Report of the Hyderabad Chloroform Commission
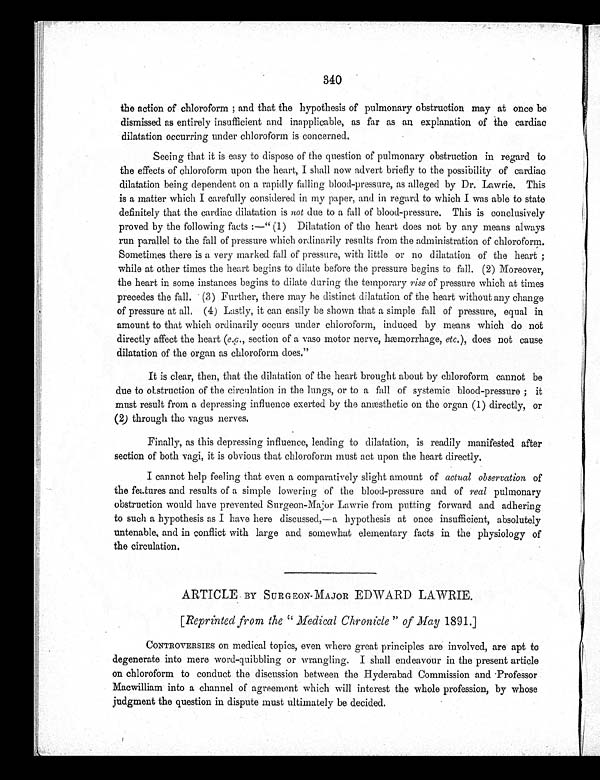
340
the action of chloroform; and that the hypothesis of pulmonary obstruction may at once be
dismissed as entirely insufficient and inapplicable, as far as an explanation of the cardiac
dilatation occurring under chloroform is concerned.
Seeing that it is easy to dispose of the question of pulmonary obstruction in regard to
the effects of chloroform upon the heart, I shall now advert briefly to the possibility of cardiac
dilatation being dependent on a rapidly falling blood-pressure, as alleged by Dr. Lawrie. This
is a matter which I carefully considered in my paper, and in regard to which I was able to state
definitely that the cardiac dilatation is not due to a fall of blood-pressure. This is conclusively
proved by the following facts:—"(1) Dilatation of the heart does not by any means always
run parallel to the fall of pressure which ordinarily results from the administration of chloroform.
Sometimes there is a very marked fall of pressure, with little or no dilatation of the heart;
while at other times the heart begins to dilate before the pressure begins to fall. (2) Moreover,
the heart in some instances begins to dilate during the temporary rise of pressure which at times
precedes the fall. (3) Further, there may be distinct dilatation of the heart without any change
of pressure at all. (4) Lastly, it can easily be shown that a simple fall of pressure, equal in
amount to that which ordinarily occurs under chloroform, induced by means which do not
directly affect the heart (e.g., section of a vaso motor nerve, hæmorrhage, etc.), does not cause
dilatation of the organ as chloroform does."
It is clear, then, that the dilatation of the heart brought about by chloroform cannot be
due to obstruction of the circulation in the lungs, or to a fall of systemic blood-pressure; it
must result from a depressing influence exerted by the anæsthetic on the organ (1) directly, or
(2) through the vagus nerves.
Finally, as this depressing influence, leading to dilatation, is readily manifested after
section of both vagi, it is obvious that chloroform must act upon the heart directly.
I cannot help feeling that even a comparatively slight amount of actual observation of
the features and results of a simple lowering of the blood-pressure and of real pulmonary
obstruction would have prevented Surgeon-Major Lawrie from putting forward and adhering
to such a hypothesis as I have here discussed,—a hypothesis at once insufficient, absolutely
untenable, and in conflict with large and somewhat elementary facts in the physiology of
the circulation.
ARTICLE BY SURGEON-MAJOR EDWARD LAWRIE.
[Reprinted from the "Medical Chronicle" of May 1891.]
CONTROVERSIES on medical topics, even where great principles are involved, are apt to
degenerate into mere word-quibbling or wrangling. I shall endeavour in the present article
on chloroform to conduct the discussion between the Hyderabad Commission and Professor
Macwilliam into a channel of agreement which will interest the whole profession, by whose
judgment the question in dispute must ultimately be decided.